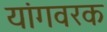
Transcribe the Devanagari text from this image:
यांगवरक